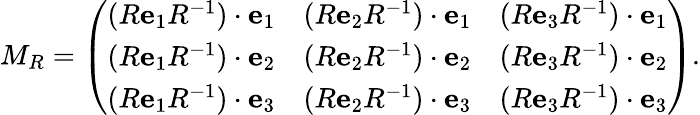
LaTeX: M_{R}={\left(\begin{array}{lll}{(R\mathbf{e}_{1}R^{-1})\cdot\mathbf{e}_{1}}&{(R\mathbf{e}_{2}R^{-1})\cdot\mathbf{e}_{1}}&{(R\mathbf{e}_{3}R^{-1})\cdot\mathbf{e}_{1}}\\ {(R\mathbf{e}_{1}R^{-1})\cdot\mathbf{e}_{2}}&{(R\mathbf{e}_{2}R^{-1})\cdot\mathbf{e}_{2}}&{(R\mathbf{e}_{3}R^{-1})\cdot\mathbf{e}_{2}}\\ {(R\mathbf{e}_{1}R^{-1})\cdot\mathbf{e}_{3}}&{(R\mathbf{e}_{2}R^{-1})\cdot\mathbf{e}_{3}}&{(R\mathbf{e}_{3}R^{-1})\cdot\mathbf{e}_{3}}\end{array}\right)}.